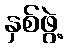
နှစ်ဖွဲ့